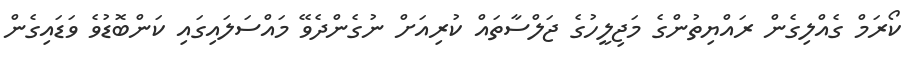
ކޯރަމް ގެއްލިގެން ރައްޔިތުންގެ މަޖިލީހުގެ ޖަލްސާތައް ކުރިއަށް ނުގެންދެވޭ މައްސަލައިގައި ކަންބޮޑުވެ ވަޑައިގެން